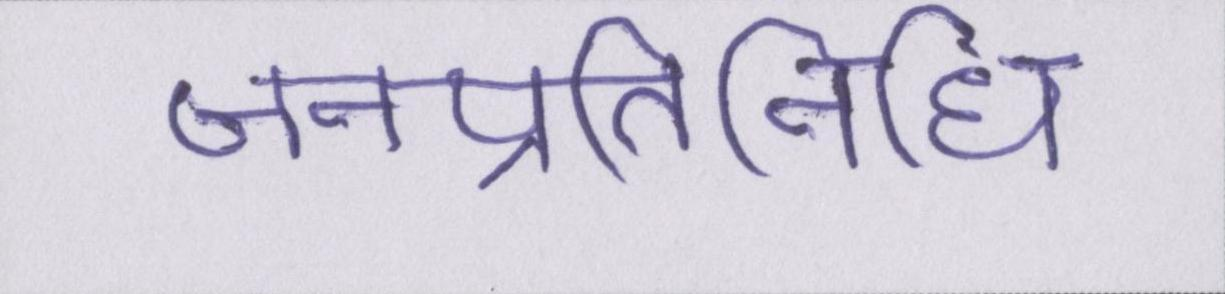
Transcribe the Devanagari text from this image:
जनप्रतिनिधि